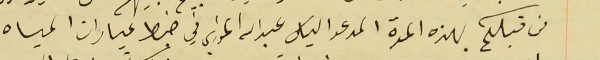
من قبلكم بهذه المدة المدعو الياس عبدالله الخوري في ضبط عيارات المياه